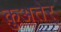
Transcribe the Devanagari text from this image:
क़ुअतेर्